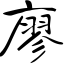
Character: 廖